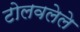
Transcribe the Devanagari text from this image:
टोलवलेले